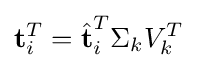
{\textbf {t}}_{i}^{T}={\hat {\textbf {t}}}_{i}^{T}\Sigma _{k}V_{k}^{T}